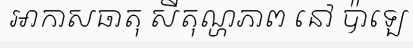
អាកាសធាតុ សីតុណ្ហភាព នៅ ប៉ាឡេ